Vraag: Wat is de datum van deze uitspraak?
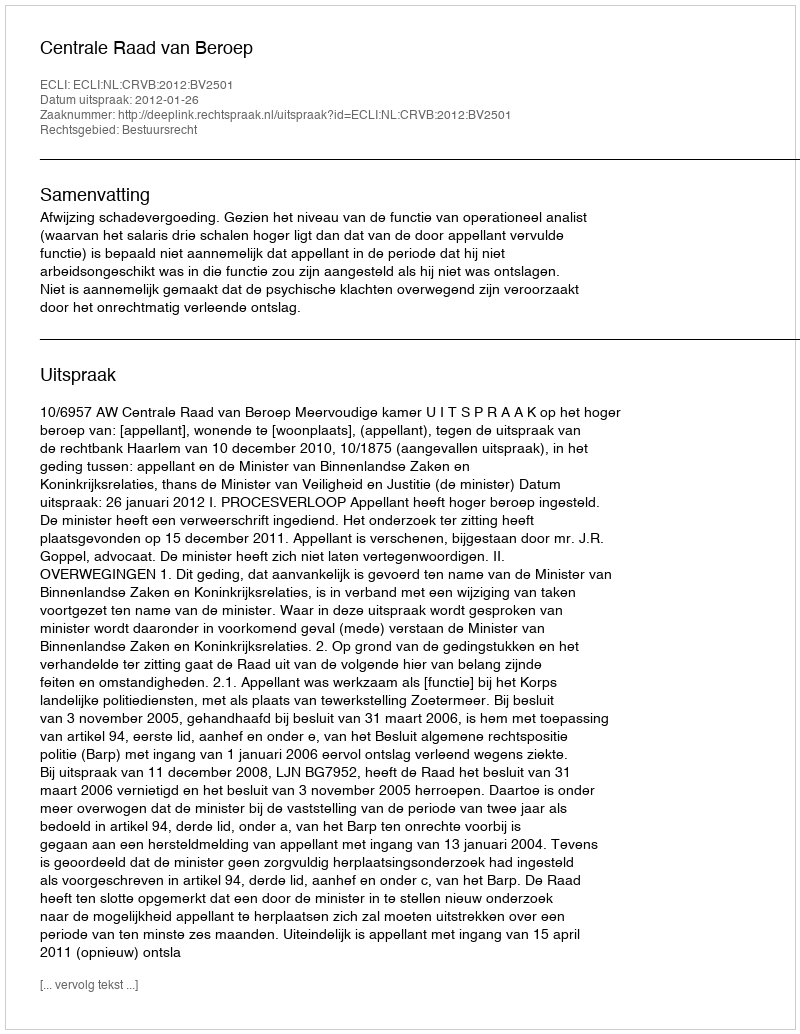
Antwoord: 2012-01-26